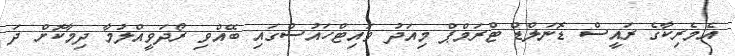
އެމެރިކާގެ ރައީސް ޑޮނަލްޑް ޓްރަމްޕް މިއަދު ވައިޓްހައުސްގައި ބޭއްވި ރޯދަވީއްލުމާ ދިމާކޮށް ދަ